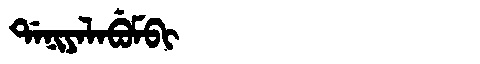
Manchu: ᡩᠠᠨᡳᠶᠠᠯᠠᠪᡠᠮᠪᡳ
Romanization: DANIYALABUMBI